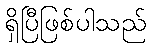
ရှိပြီဖြစ်ပါသည်